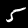
Label: 5